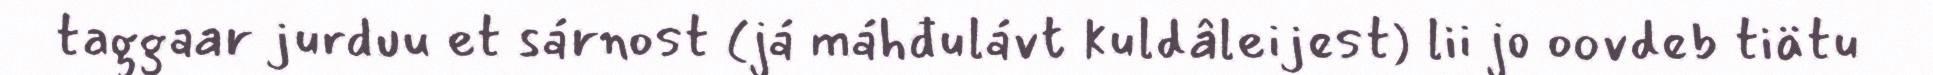
taggaar jurduu et sárnost (já máhđulávt kuldâleijest) lii jo oovdeb tiätu